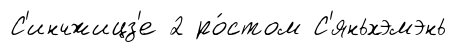
С'инчжицз'е 2 ро́стом С'яньхэмэнь